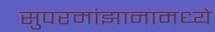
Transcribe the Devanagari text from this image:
सुपरमांझानामध्ये